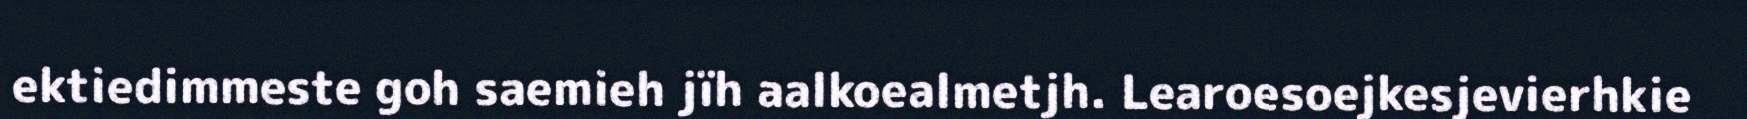
ektiedimmeste goh saemieh jïh aalkoealmetjh. Learoesoejkesjevierhkie